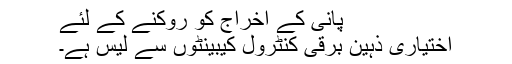
پانی کے اخراج کو روکنے کے لئے
اختیاری ذہین برقی کنٹرول کیبینٹوں سے لیس ہے۔